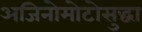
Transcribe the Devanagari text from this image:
अजिनोमोटोसुद्धा